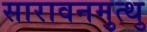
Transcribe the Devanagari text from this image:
सारावनमुत्थु